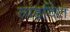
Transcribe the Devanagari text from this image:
सांडवित